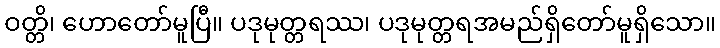
ဝတ္တိ၊ ဟောတော်မူပြီ။ ပဒုမုတ္တရဿ၊ ပဒုမုတ္တရအမည်ရှိတော်မူရှိသော။